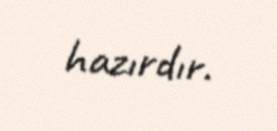
hazırdır.